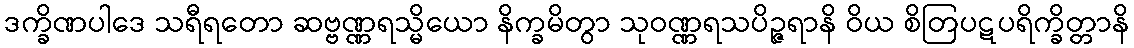
ဒက္ခိဏပါဒေ သရီရတော ဆဗ္ဗဏ္ဏရသ္မိယော နိက္ခမိတွာ သုဝဏ္ဏရသပိဉ္ဇရာနိ ဝိယ စိတြပဋပရိက္ခိတ္တာနိ